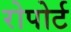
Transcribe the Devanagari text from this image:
रोपोर्ट